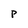
Character: p